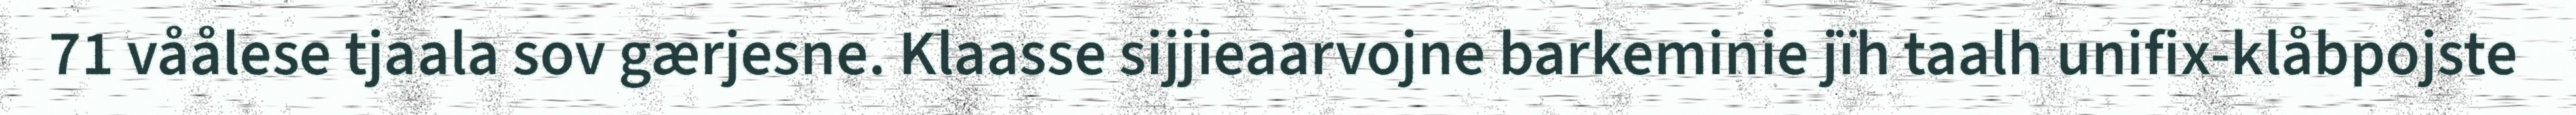
71 våålese tjaala sov gærjesne. Klaasse sijjieaarvojne barkeminie jïh taalh unifix-klåbpojste